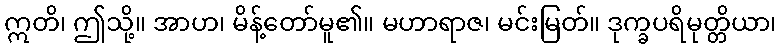
ဣတိ၊ ဤသို့။ အာဟ၊ မိန့်တော်မူ၏။ မဟာရာဇ၊ မင်းမြတ်။ ဒုက္ခပရိမုတ္တိယာ၊